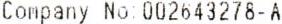
COMPANY NO: 002643278-A